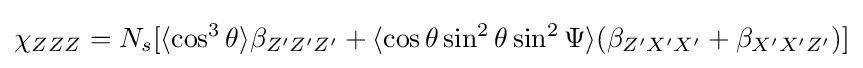
\chi _{ZZZ}=N_{s}[\langle \cos ^{3}\theta \rangle \beta _{Z'Z'Z'}+\langle \cos \theta \sin ^{2}\theta \sin ^{2}\Psi \rangle (\beta _{Z'X'X'}+\beta _{X'X'Z'})]